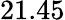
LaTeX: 21.45